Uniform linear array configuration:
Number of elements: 32
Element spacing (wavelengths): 0.75
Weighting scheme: cosine
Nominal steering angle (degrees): -60
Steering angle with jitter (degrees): -59.57
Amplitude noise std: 0.05
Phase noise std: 0.05

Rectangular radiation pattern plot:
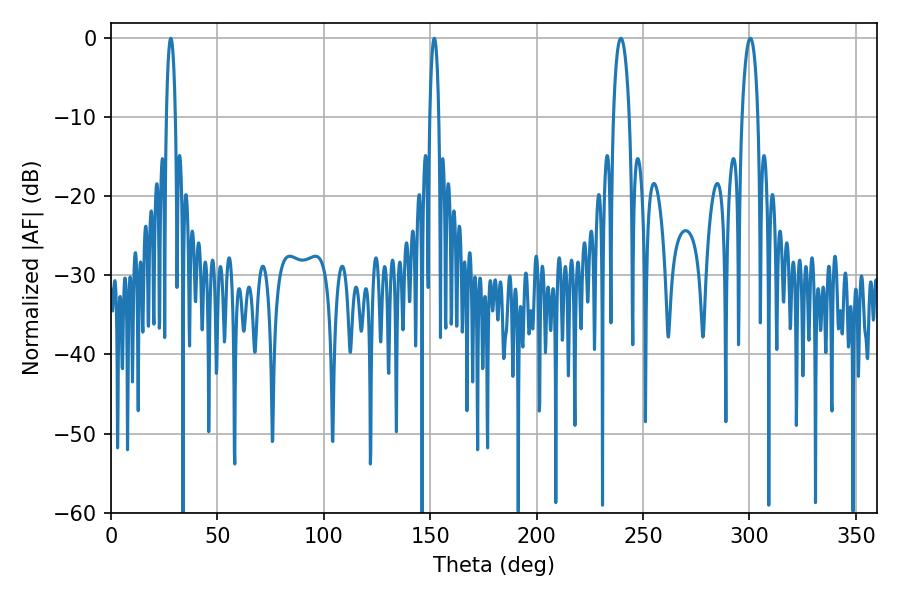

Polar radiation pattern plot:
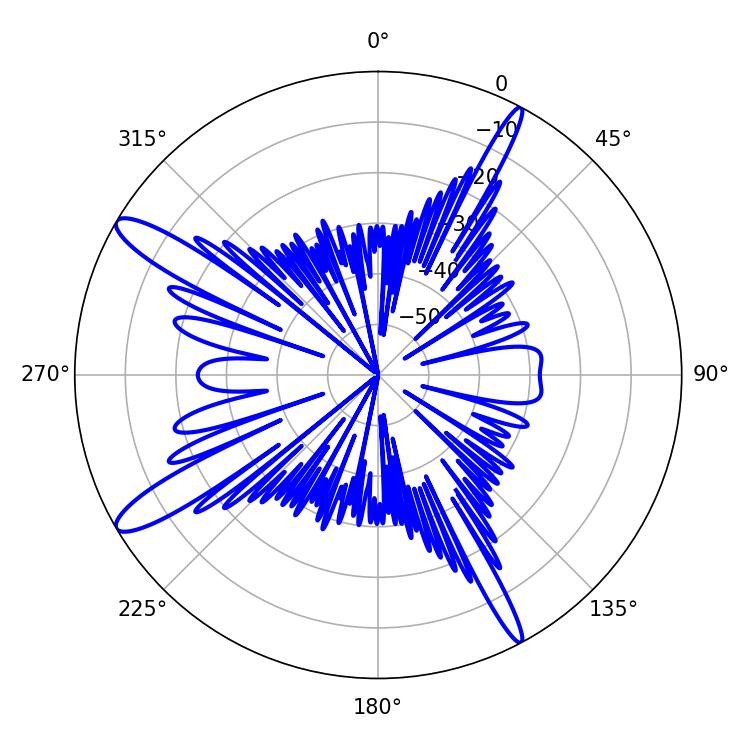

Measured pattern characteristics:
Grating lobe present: TRUE
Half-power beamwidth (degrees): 4.14
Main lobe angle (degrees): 239.58